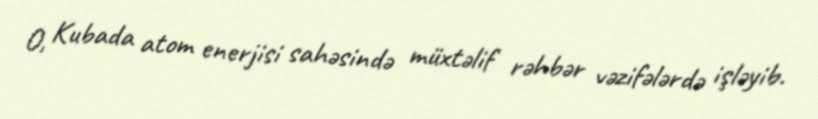
O, Kubada atom enerjisi sahəsində müxtəlif rəhbər vəzifələrdə işləyib.